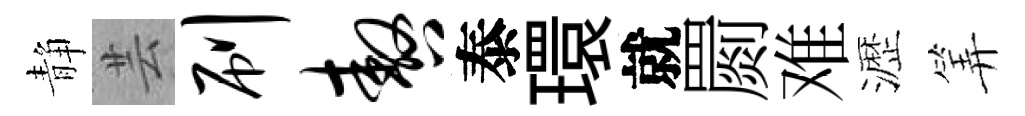
静芸刷嗷泰環就罽难瀝筭